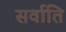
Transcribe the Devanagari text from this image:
सर्वाति